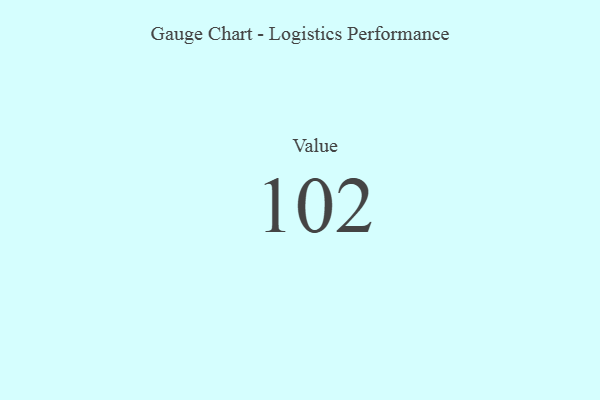
{"axis": {"x": "Metric", "y": "Value"}, "legend": [""], "data": [{"x": "Value", "y": 102, "type": ""}]}